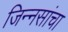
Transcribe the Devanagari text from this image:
जिन्नसांचा